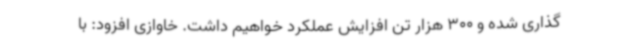
گذاری شده و 300 هزار تن افزایش عملکرد خواهیم داشت. خاوازی افزود: با